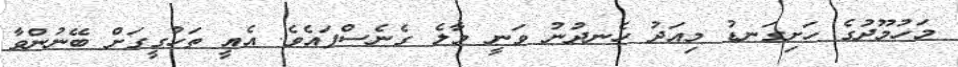
މަހުމޫދުގެ ހަށިގަނޑު މިއަދު ހެނދުނު ވަނީ މާލެ ގެނެސްފައެވެ. އެއީ ތަހުގީގަށް ބޭނުންވާ